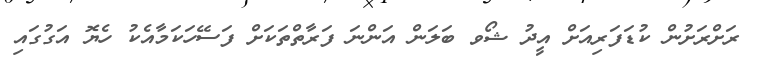
ރަށްރަށުން ކުޑަފަރިއަށް އީދު ޝޯވ ބަލަން އަންނަ ފަރާތްތަކަށް ފަސޭހަކަމާއެކު ހެޔޮ އަގުގައި